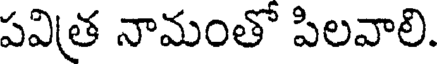
పవిత్ర నామంతో పిలవాలి.